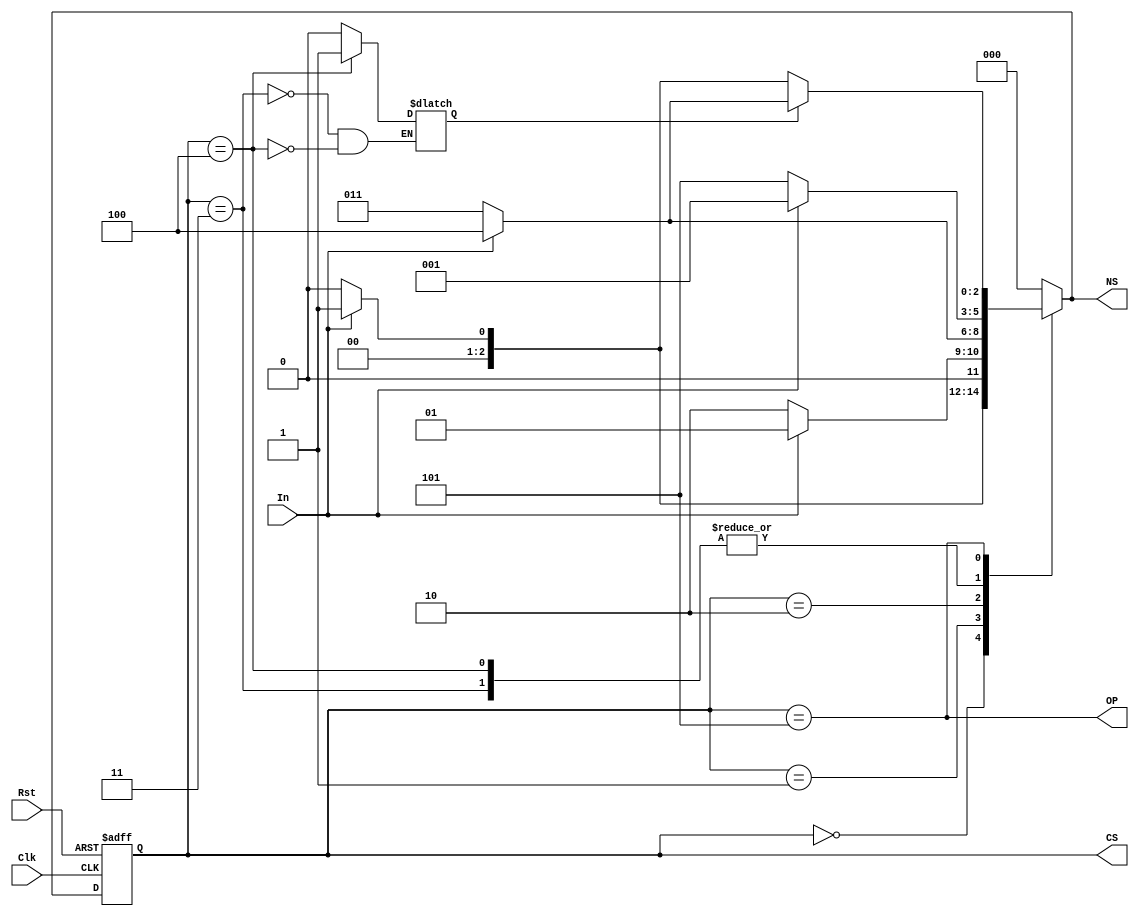
`timescale 1ns / 1ps
//////////////////////////////////////////////////////////////////////////////////

// ID           : N180116
// Branch       : ECE
// Project Name : IMPLEMENTATION OF FINITTE STATE MACHINES USING VERILOG
// Design Name  : SEQUENCE DETECTOR 10X0 USING MOORE MACHINE(OVERLAPPING) 
// Module Name  : moore_10X0_seq_det_over
// RGUKT NUZVID 

//////////////////////////////////////////////////////////////////////////////////

module moore_10X0_seq_det_over(Clk,Rst,In,OP,CS,NS);
input Clk,Rst,In; // Input signals
output OP;        // Output signal
output [2:0]CS,NS; // states

parameter s0    = 0 ,  // state registers
		  s1    = 1 , 
		  s10   = 2 ,
		  s100  = 3 ,
		  s101  = 4 ,
		  s10X0 = 5 ;
		  
reg x; // to know the 10X0--> X direction(1010/1000)
		  
reg [2:0]C_State,N_State; // state declarations 

// State register 

always @(posedge Clk,negedge Rst) begin

	if(!Rst)
	begin
		C_State <= s0;
	end
	
	else begin
		C_State <= N_State;
	end
end

// Next state logic

always @(C_State,In) begin

	case(C_State)
	
		s0    : N_State <= In ? s1 : s0 ;

		s1    : N_State <= In ? s1 : s10 ;

		s10   : N_State <= In ? s101 : s100 ;
		
		s100  : begin N_State <= In ? s1 : s10X0 ;  x <= 0 ;end

		s101  : begin N_State <= In ? s1 : s10X0 ;  x <= 1 ; end
		
		s10X0 : N_State <= x ? (In ? s101 : s100 ) :(In ? s1 : s0 ) ;

		default : N_State <= s0;
		
	endcase
end

// Output logic

assign OP = (C_State == s10X0);


//
assign CS = C_State ; 
assign NS = N_State ;

endmodule